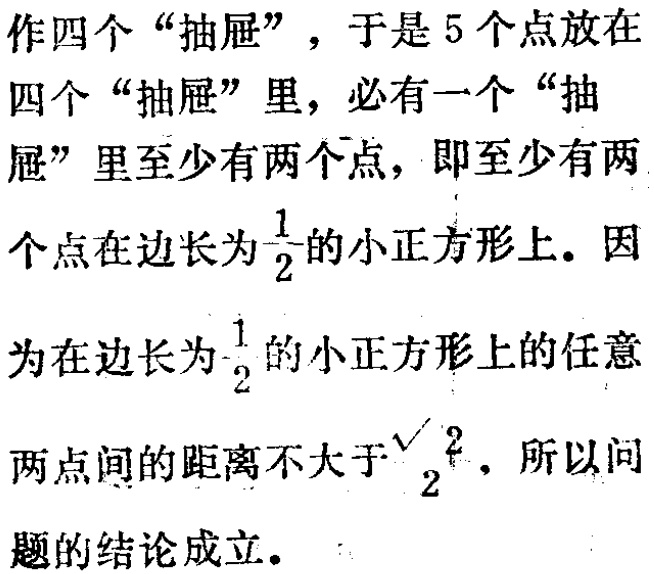
作四个“抽屉”，于是5个点放在四个“抽屉”里，必有一个“抽屉”里至少有两个点，即至少有两个点在边长为$\frac{1}{2}$的小正方形上。因为在边长为$\frac{1}{2}$的小正方形上的任意两点间的距离不大于$\frac{\sqrt{2}}{2}$，所以问题的结论成立。